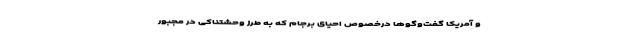
و آمریکا گفت‌وگوها درخصوص احیای برجام که به طرز وحشتناکی در مجبور